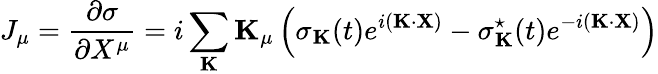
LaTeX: J_{\mu}=\frac{\partial\sigma}{\partial X^{\mu}}=i\sum_{\mathbf K}{\mathbf K}_{\mu}\left(\sigma_{\mathbf K}(t)e^{i({\mathbf K}\cdot{\mathbf X})}-\sigma_{\mathbf K}^{\star}(t)e^{-i({\mathbf K}\cdot{\mathbf X})}\right)